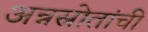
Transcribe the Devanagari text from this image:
अन्नस्रोतांची